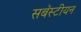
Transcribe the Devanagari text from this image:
सबॅस्टीयन